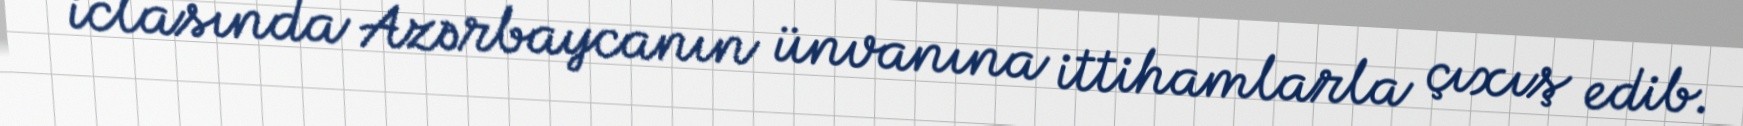
iclasında Azərbaycanın ünvanına ittihamlarla çıxış edib.